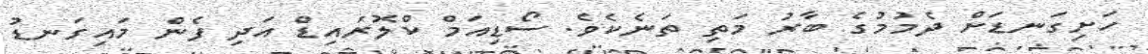
ހަށިގަނޑަށް ދެމުމުގެ ބާރު މަތި ތަނެކެވެ. ސޯޑިއަމް ކްލޮރައިޑް އަދި ފެން މައިގަނޑު